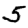
Digit: 5